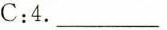
C:4. ___